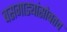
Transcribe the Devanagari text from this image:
बसगाड्यांसोबतच